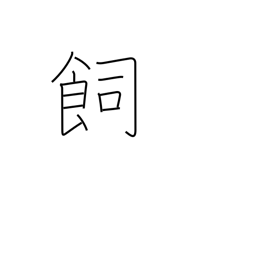
Meaning: feed